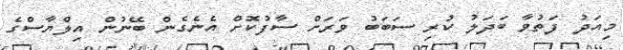
މިއަދު ފަތުވާ ބަދަލު ކުރި ސަބަބު ވަރަށް ސާފުކޮށް އެނެގެން ބޭނުން އިލްޔާސްގެ